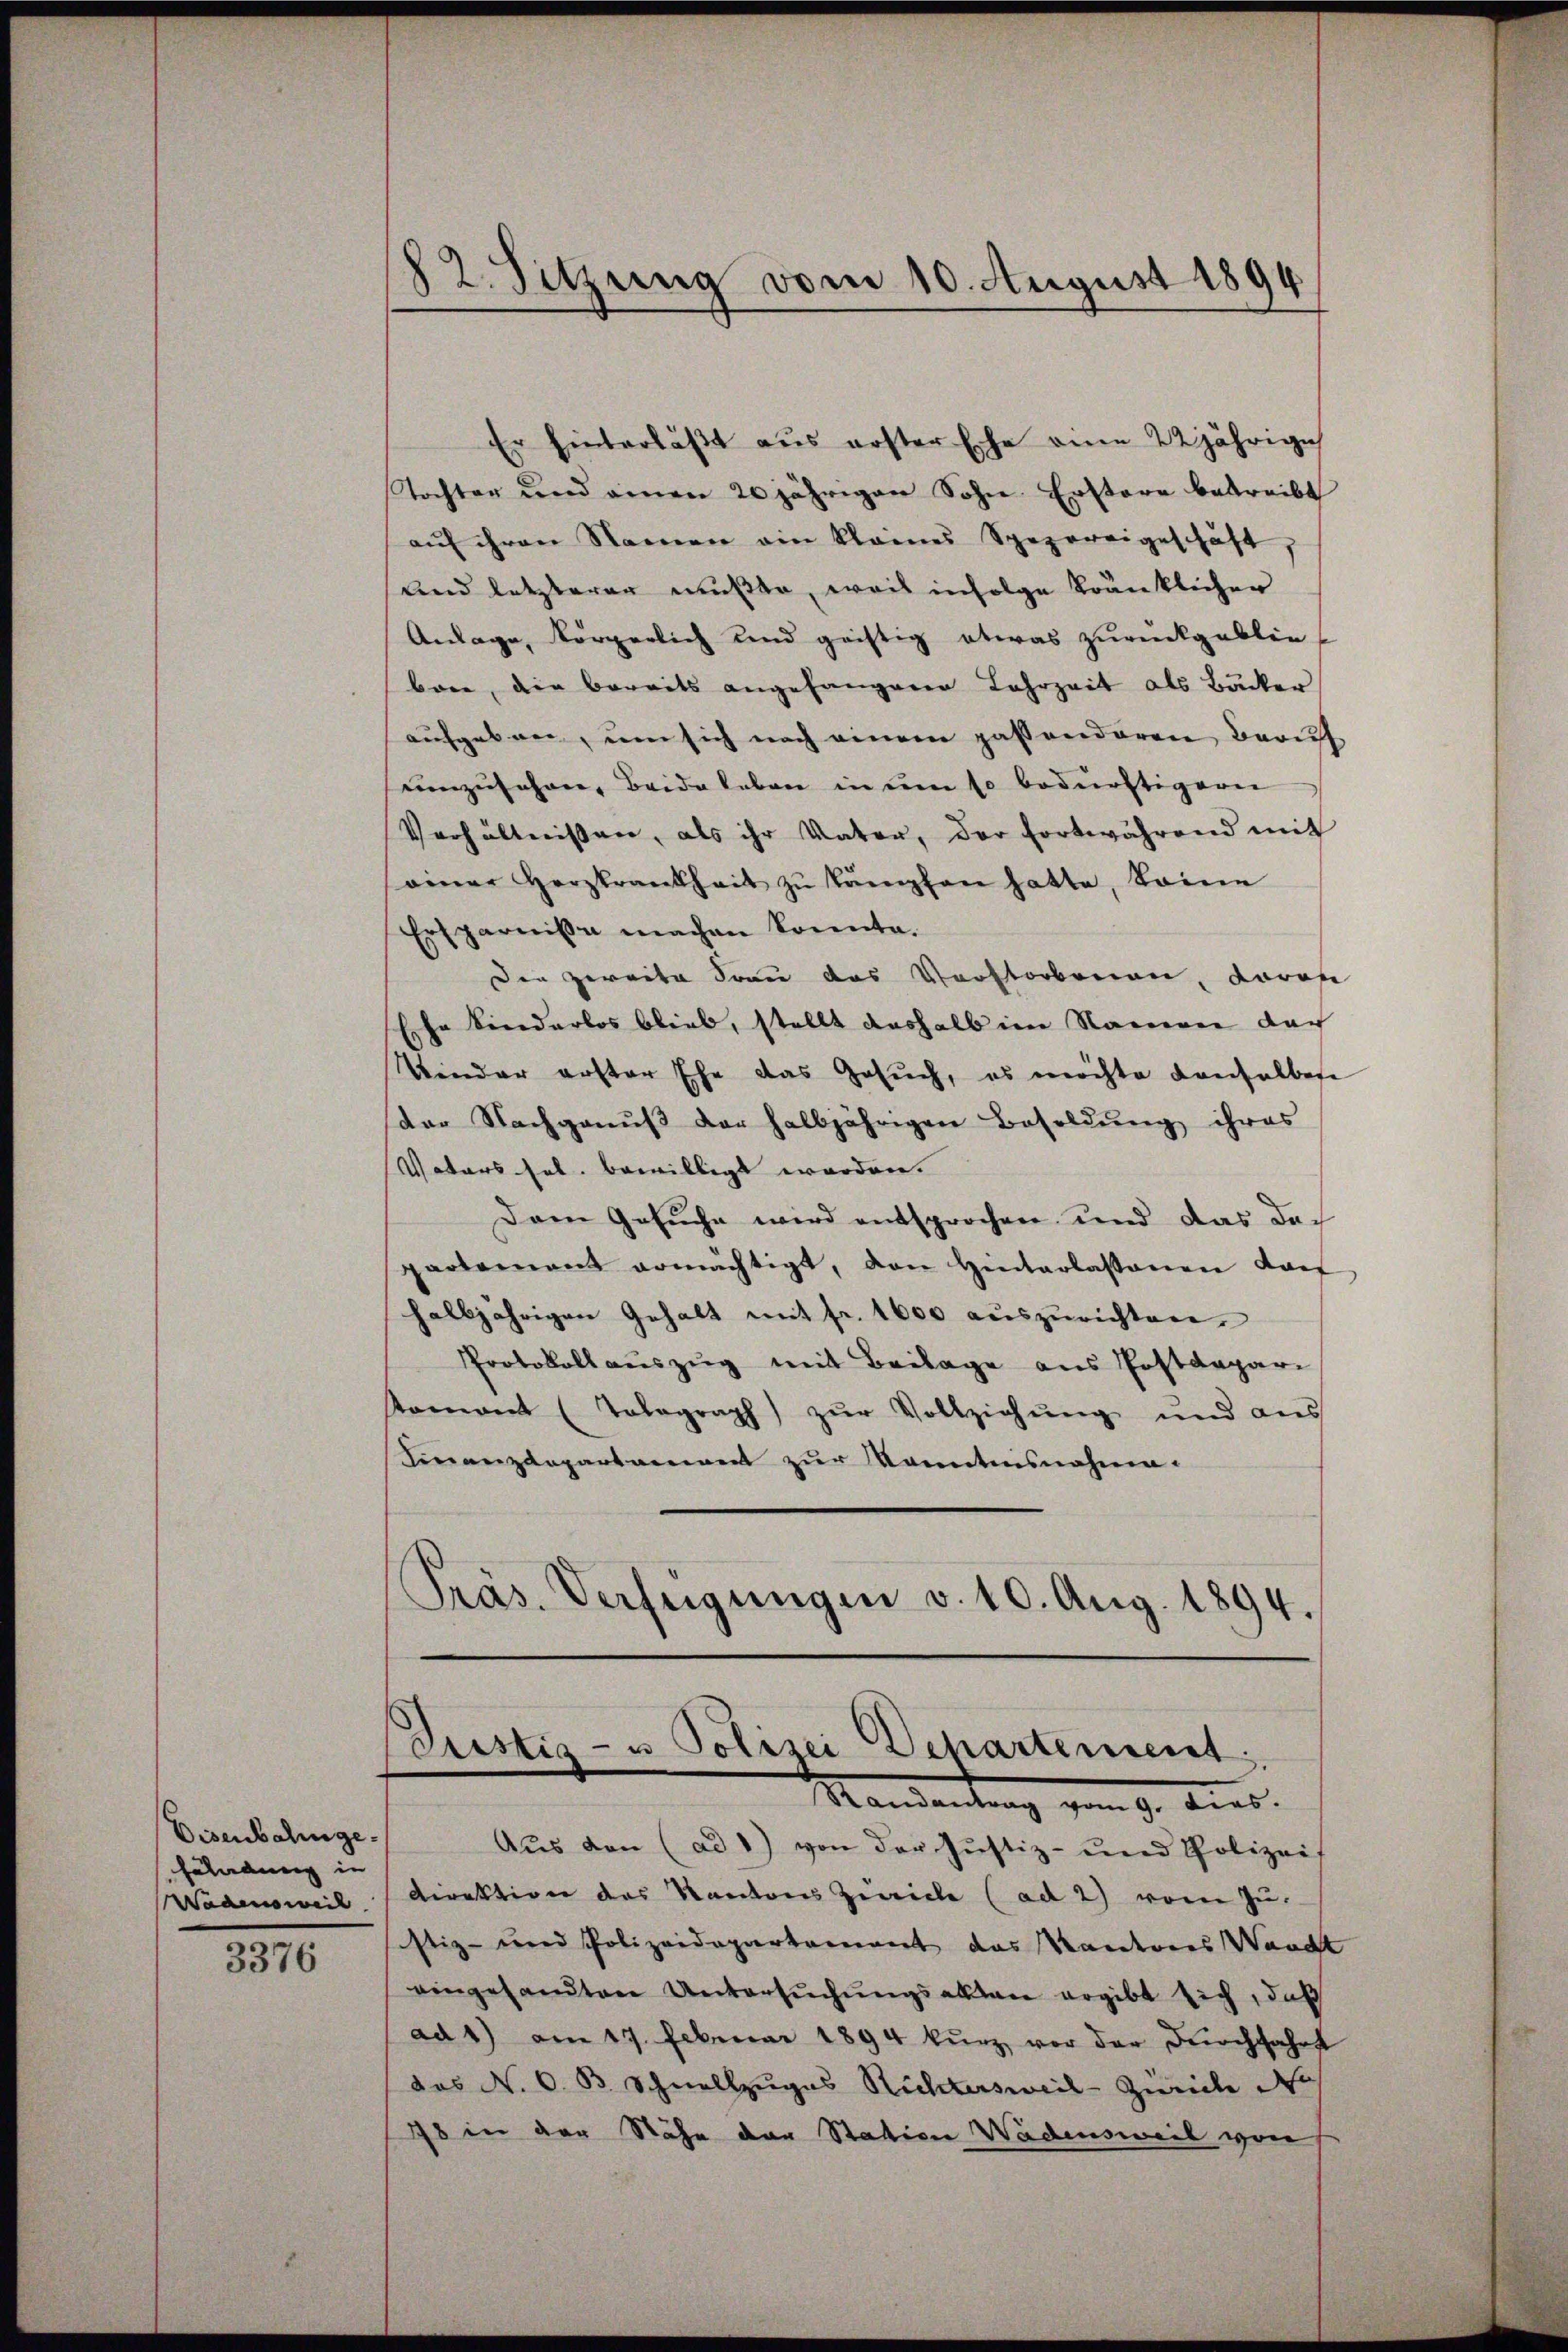
Eisenbahnge¬
Feladung in
Wadensweil
3376

82. Sitzung vom 10. August 1894

Er hinterläßt aus erster sche eine 22jährige
Tochter und einen 20 jährigen Sohn Erstere betreibt
aŭf ihren Namen ein kleines Spezereigeschäft,
und letzterer mußte, weil infolge kränklicher
Anlage, körperlich und geistig etwas zurückgeblie
bare, die bereits angehängenen Lahrzeit als Bäcker
aufgeben, um sich noch einem passtanderen Beruf
umzusehen, Beide leben in um so bedürftigern
Verhältnissen, als ihr Vater, der fortwährend mit
einer Herzkrankheit zŭ kämpfen hatte, keine
Ersparnisse machen konnte.
Der zweite Frau das Vorstorbenen, daran
Ehe kinderlos blieb, stellt deshalb im Namen der
Tender erster Ehe das Gesŭch, es möchte Consalbese
der Nachgenuß der halbjährigen Besoldung ihres
Vaters sel. bewilligt worden.
Dem Gesuche wird entsprochen und das Dac
partement ermächtigt, den Hinterlassenen darf
halbjährigen Gehalt mit fr. 1600 aŭszŭrichten.
Protokollauszug mit Beilage aus Postdepari
Koment (Tolograph) zŭr Vollziehŭng und ans
Finanzdepartament zur konntensnahme.
Präs. Verfügungen v. 10. Aug. 1894.

Justiz- u Polizei Departement
Mandantung vom 9. dies

Aus den (ad 1) von der Justiz- und Polizei
Direktion des Kantons Zwicke (ad 2) vom Zu-
sistiz- und Polizeidepartement das Kanderes Waadt
eingesandten Untersŭchŭngsakten ergibt sich, daß
ad 1) am 17. Februar 1894 kŭrz vor der durchfahrt
das N. O. B. Schnellzuges Richtersweil-Zwicke de
18 in der Nähe der Station Wädensweil von